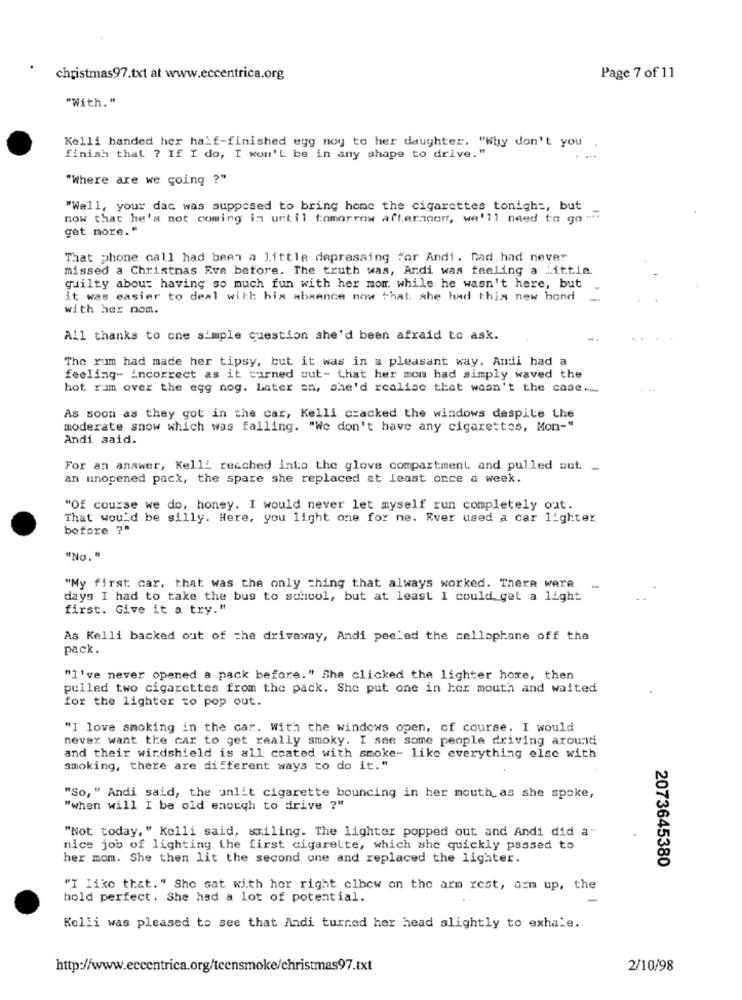
christmas 97.txt at www.eccentrica.org
Page 7 of 11
"With."
Kelli handed her half-finished egg nog to her daughter. "Why don't you .
finish that ? If I do, I won't be in any shape to drive."
"Where are we going ?"
"Well, your dad was supposed to bring home the cigarettes tonight, but
now that he's not coming in until tomorrow afternoon, we'll need to go ".
get more. "
That phone call had been a little depressing for Andi. nad. had never
missed a Christmas Eve before. The truth was, Andi was feeling a Little
guilty about having so much fun with her mom. while he wasn't here, but
it was easier to deal with his absence now that. she had this new bond
with her nom.
All thanks to one simple question she'd been afraid to ask.
The rum had made her tipsy, but it was in a pleasant way. Andi had a
feeling- Encorrect as it carned cut- that her mom had simply waved the
hot ram over the egg nog. Later on, she'd realise that wasn't the case ._
As soon as they got in the car, Kelli cracked the windows despite the
moderate snow which was falling. "We don't have any cigarettes, Mon-"
Andi said.
For an answer, Kelli reached into the glove compartment and pulled out -
an unopened pack, the spare she replaced at least once a week.
"Of course we do, honey. I would never let myself run completely out.
That would be silly. Here, you light one for ne. Rver used a car 1'ghter
before ?"
"No. "
"My first car, that was the only thing that always worked. There were
days I had to take the bus to school, but at least I could get a light
first. Give it a try."
As Kelli backed out of the driveway, Andi peeled the cellophane off the
pack.
"I've never opened a pack before." She clicked the lighter hore, then
pulled two cigarettes from the pack. She put one in her mouth and waited
for the lighter zo pop out.
"I love smoking in the car. With the windows open, of course. I would
never want the car to get really smoky. I see some people driving around
and their windshield is all coated with smoke- like everything else with
smoking, there are different ways to do it."
"So, " Andi said, the unlit cigarette bouncing in her mouth as she spoke,
"when will I be old enough to drive ?"
"Not today, " Kolli said, smiling. The lighter popped out and Andi did a"
nice job of lighting the first cigarette, which she quickly passed to
her mom. She then lit the second one and replaced the lighter.
2073645380
"I like that. " She sat with her right olbew on the arm rest, azm up, the
hold perfect. She had a lot of potential.
Kelli was pleased to see that Andi turned her head slightly to exhale.
http://www.eccentrica.org/tcensmoke/christmas97.txt
2/10/98